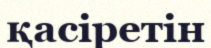
қасіретін